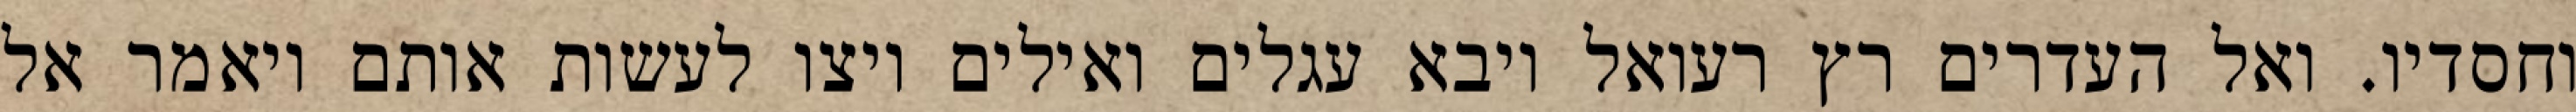
וחסדיו. ואל העדרים רץ רעואל ויבא עגלים ואילים ויצו לעשות אותם ויאמר אל